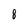
Character: 8